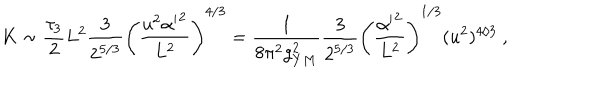
K \sim \frac { \tau _ { 3 } } { 2 } L ^ { 2 } \frac { 3 } { 2 ^ { 5 / 3 } } \left( \frac { u ^ { 2 } { \alpha ^ { \prime } } ^ { 2 } } { L ^ { 2 } } \right) ^ { 4 / 3 } = \frac { 1 } { 8 \pi ^ { 2 } g _ { Y M } ^ { 2 } } \frac { 3 } { 2 ^ { 5 / 3 } } \left( \frac { { \alpha ^ { \prime } } ^ { 2 } } { L ^ { 2 } } \right) ^ { 1 / 3 } ( u ^ { 2 } ) ^ { 4 / 3 } \ ,